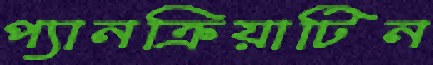
প্যানক্রিয়াটিন